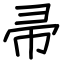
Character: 帚